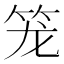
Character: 笼